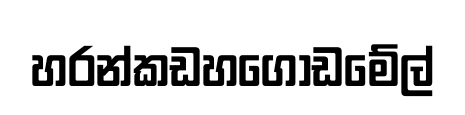
හරන්කඩහගොඩමේල්